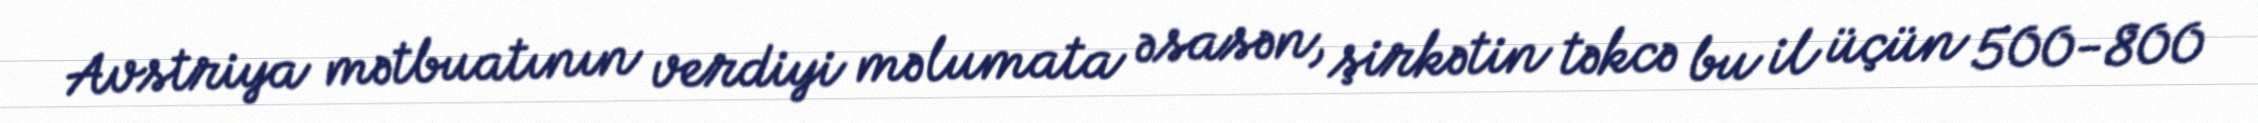
Avstriya mətbuatının verdiyi məlumata əsasən, şirkətin təkcə bu il üçün 500-800